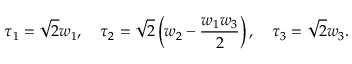
\tau _ { 1 } = \sqrt { 2 } w _ { 1 } , \quad \tau _ { 2 } = \sqrt { 2 } \left( w _ { 2 } - \frac { w _ { 1 } w _ { 3 } } { 2 } \right) , \quad \tau _ { 3 } = \sqrt { 2 } w _ { 3 } .